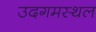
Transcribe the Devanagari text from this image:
उदगमस्थल